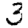
Digit: 3